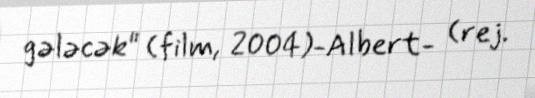
gələcək" (film, 2004)-Albert- (rej.